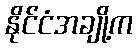
နိုင်ငံအချို့က